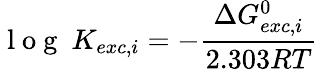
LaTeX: \mathrm{~l~o~g~}~K_{exc,i}=-\frac{\Delta G_{exc,i}^{0}}{2.303RT}